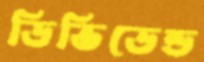
ডিভিডেন্ড